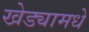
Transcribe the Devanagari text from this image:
खेड्यामधे